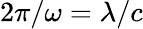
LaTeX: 2\pi/\omega=\lambda/c